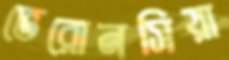
ভেরোনসিয়া